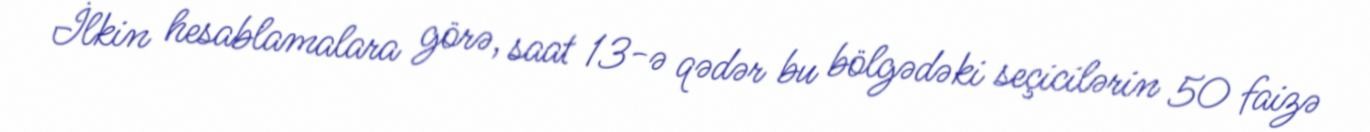
İlkin hesablamalara görə, saat 13-ə qədər bu bölgədəki seçicilərin 50 faizə